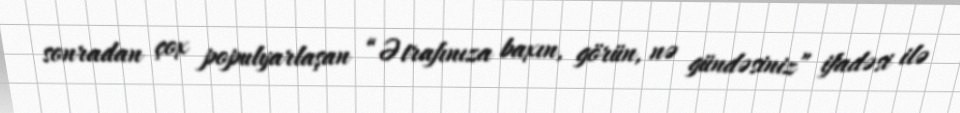
sonradan çox populyarlaşan “Ətrafınıza baxın, görün, nə gündəsiniz” ifadəsi ilə